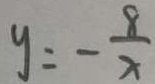
y = - \frac { 8 } { x }